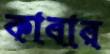
কাবার